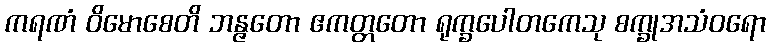
ကရဏံ ဝိမောစေတိ ဘန္ဇတော ဧကတ္တတော ရုက္ခပေါတကေသု စက္ခုအသံဝရော